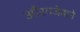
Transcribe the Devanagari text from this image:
औंरगजेबाने